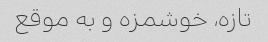
تازه، خوشمزه و به موقع